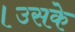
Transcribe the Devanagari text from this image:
।उसके